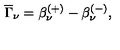
\overline { { \Gamma } } _ { \nu } = \beta _ { \nu } ^ { ( + ) } - \beta _ { \nu } ^ { ( - ) } ,